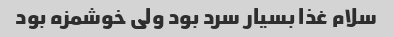
سلام غذا بسیار سرد بود ولی خوشمزه بود